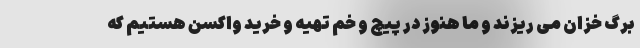
برگ خزان می ریزند و ما هنوز در پیچ و خم تهیه و خرید واکسن هستیم که